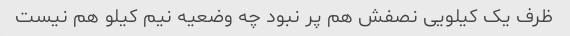
ظرف یک کیلویی نصفش هم پر نبود چه وضعیه نیم کیلو هم نیست